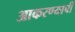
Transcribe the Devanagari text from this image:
आकरण्याची